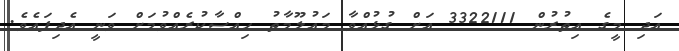
އަދި މީގެ އިތުރުން 3322111 އަށް ގުޅުއްވާ މައުލޫމާތު ހިއްސާކުރެއްވުމަށް ވަނީ އެދިފައެވެ.